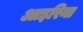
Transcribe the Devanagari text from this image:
आइरिना